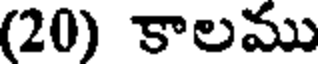
(20) కాలము